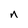
Character: n